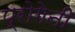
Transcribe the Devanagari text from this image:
प्रोगेनी